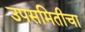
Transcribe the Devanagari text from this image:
उपसमितीचा